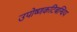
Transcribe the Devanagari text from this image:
उपोष्णकटिबन्धिय